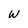
Character: W